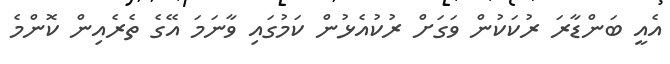
އެއީ ބަންޑާރަ ރުކަކުން ވަގަށް ރުކުއެޅުން ކަމުގައި ވާނަމަ އޭގެ ތެރެއިން ކޮންމެ